Annual report on the lock hospitals of the Madras Presidency
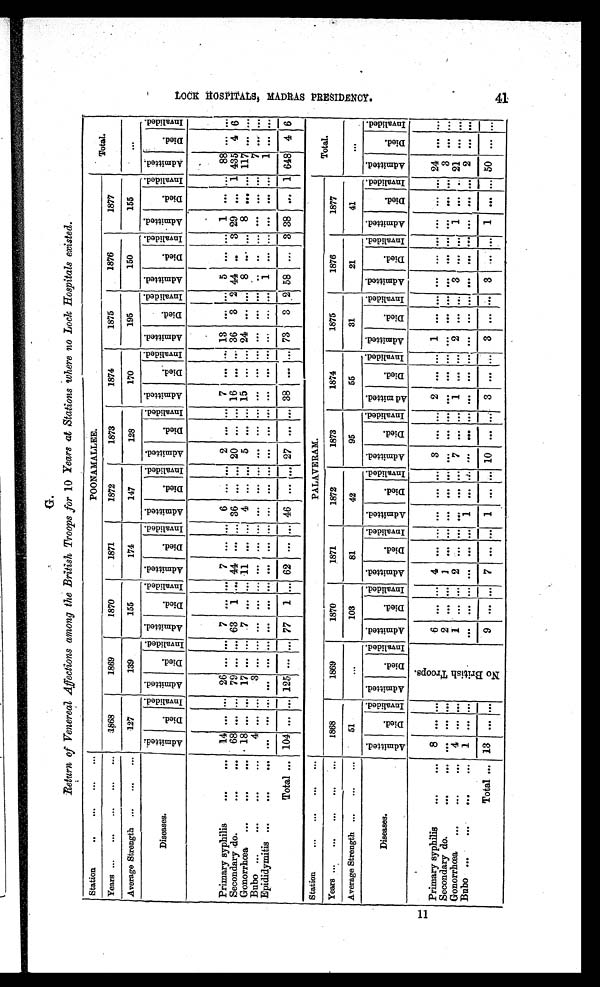
Return of Venereal Affections among the British Troops for 10 Years at Stations where no Lock Hospitals existed.
Station
... ... ... ...
POONAMALLEE.
Total.
Years ... ... ... ... ... 1868
1869
1870
1871
1872
1873
1874
1875
1876
1877
170
195
150
155
...
Average Strength ... ... ...
139
155
174
147
128
127
Diseases.
A d m i t t e d . D i e d . I n v a l i d e d . A d m i t t e d .
D i e d . I n v a l i d e d . A d m i t t e d . D i e d . I n v a l i d e d . A D m i t t e d . D i e d . I n v a l i d e d . A d m i t t e d . D i e d . I n v a l i d e d . A d m i t t e d .
Died. I n v a l i d e d . A d m i t t e d . Di e d . I n v a l i d e d . A d m i t t e d .
D i e d . I n v a l i d e d . A d m i t t e d . Di e d . I n v a l i d e d .
A d m i t t e d .
D i e d . I n v a l i d e d . A d m i t t e d . Di ed. I n v a l i d e d .
Primary syphilis
...
... 14 . . . . . . 26 . . . . . . 7 . . . . . . 7
. . . ... 6 . . . . . . 2 . . . ... 7
. . . . . . 13
. . . . . . 5
. . . . . .
1
. . . . . . 88 . . . . . .
Secondary do. ... ...
68 . . . . . . 79 . . . . . . 63 1 ... 44
. . . . . . 36 . . . . . . 20 . . . . . . 16 . . . . . . 36 3 2 44 . . 3 2 9 . . . 1 435 4 6
Gonorrhœa ...
...
... 18 . . . . . . 17 . . . . . . 7 . . . . . . 11
. . . . . . 4 ... . . . 5
. . . . . . 1 5 . . . . . . 2 4
. . . . . . 8 . . . . . . 8 ... . . . 1 1 7 . . . . . .
Bubo ...
...
...
4 . . . . . . 8 . . . ... ... . . . ... ...
. . . ... ... . . . ... . . . . . . . . . . . . . . . . . . . . .
. . . . . . . . . . . . . . . . . . . . . . . . 7 . . . . . .
Epididymitis ...
...
... . . . . . . . . . . . .
. . . . . .
. . . . . . . . . . .
. . . . . . . . . . . . . . . . . . . . . . . .
. . .
. . . . . . . . . ... ... . . . ... ... ... ... ...
1 . . . . . .
Total...
1 0 4 . . .
. . .
125 . . . . . . 77 1 . . . 62
. . . ... 46 ... ... 27 . . . . . . 38 . . . ... 73
. . . 2 58 ... 3 38
. . . 1 648 4 16
Station
...
...
PALAVERAM.
Total.
Years ... ... ... ...
1868
1869
1870
1871
1872
1873
1874
1875
1876
1877
Average Strength . . .
51
. . . 103
81
42
95
55
31
21
41
. . .
Diseases.
ADmi t t e d . D i e d . I n v a l i d e d . A d m i t t e d .
D i e d . I n v a l i d e d . A d m i t t e d . D i e d .
I n v a l i d e d .
Ad mi t t e d . D i e d . I n v a l i d e d . A d m i t t e d . D i e d . I n v a l i d e d .
A d m i t t e d .
Di e d. I n v a l i d e d . A d m i t t e d . Di e d . I n v a l i d e d .
A d m i t t e d .
D i e d . I n v a l i d e d . A d m i t t e d . Di e d . I n v a l i d e d . Ad mi t t e d . D i e d . I n v a l i d e d .
A d m i t t e d .
Di ed. I n v a l i d e d .
Primary syphilis
...
... 8 . . . . . .
N o B r i t i s h T r o o p s .
6 . . . . . . 4 . . . . . . . . . . . . . . . 3 . . . ... 2 . . . . . . 1 . . . . . . . . . . . . . . . . . . ... ... 24
. . . . . .
Secondary do.
...
... . . . . . . . . .
2 . . . . . . 1 . . . . . . . . .
. . . . . . . . .
. . . . . . . . . . . . . . . . . . . . . . . . . . .
. . . . . . . . . ... . . . 3
. . . ...
Gonorrhœa
...
... 4 . . . . . .
1 . . . . . . 2 . . . . . . . . .
. . . . . . 7 . . . . . . 1 . . . . . . 2 . . . . . . 3 . . . . . . 1
. . . . . . 21
. . . . . .
Bubo ...
... ... 1
13
. . . ...
. . . . . . . .
7 . . . . . .
1
. . .
. . .
10 . . . . . . 3
. . .
. . . . . . . . .
3 . . . ...
1 . . . . . .
50
. . .
...
Total...
4 1